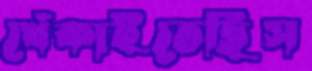
খেঁকাইতেছিস